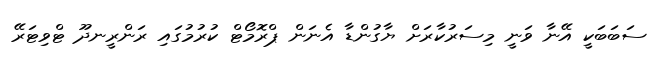
ސަބަބަކީ އޭނާ ވަނީ މިސަރުކާރަށް ޔާގުންޑާ އެނަން ޕްރޮމޯޓް ކުރުމުގައި ރަންރީނދޫ ޓްވިޓަރޭ